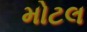
મોટલ